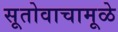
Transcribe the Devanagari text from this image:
सूतोवाचामूळे